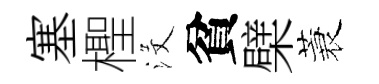
塞檉沒貧檗蓑